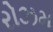
રોઝમ